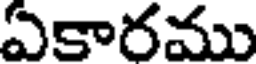
ఏకారము